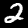
Digit: 2